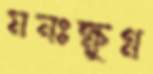
মনঃক্ষুণ্ণ